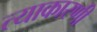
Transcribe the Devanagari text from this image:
त्याकारणी